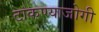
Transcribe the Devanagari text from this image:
टाकण्याजोगी